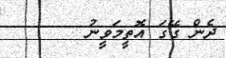
ދެން ގޭގަ އޮތީމަވީނު